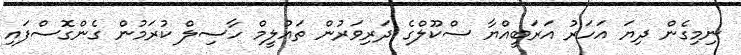
ނިމިގެން ދިޔަ އަހަރު އަރަބީއްޔާ ސްކޫލްގެ ދަރިވަރުން ތައުލީމް ހާސިލް ކުރަމުން ގެންގޮސްފައި